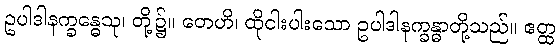
ဥပါဒါနက္ခန္ဓေသု၊ တို့၌။ တေဟိ၊ ထိုငါးပါးသော ဥပါဒါနက္ခန္ဓာတို့သည်။ ဧတ္ထ